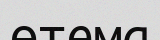
өтема